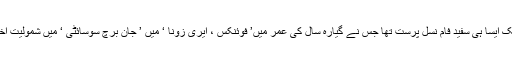
’ رابرٹ جے میتھیوز‘ جسے ایف بی آئی نے 31 برس کی عمر میں زندہ جلا ڈالا تھا ایک ایسا ہی سفید فام نسل پرست تھا جس نے گیارہ سال کی عمر میں’ فوئنکس ، ایری زونا ‘ میں ’ جان برچ سوسائٹی ‘ میں شمولیت اختیار کی جو کمیونسٹ مخالف نظریات اور حکومت کے محدود اختیارات کی داعی تھی ۔